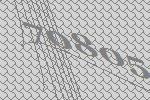
70805